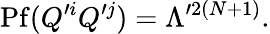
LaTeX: \mathrm{Pf}(Q^{\prime i}Q^{\prime j})=\Lambda^{\prime 2(N+1)}.